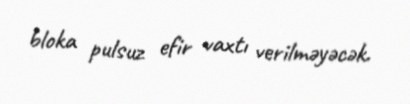
bloka pulsuz efir vaxtı verilməyəcək.